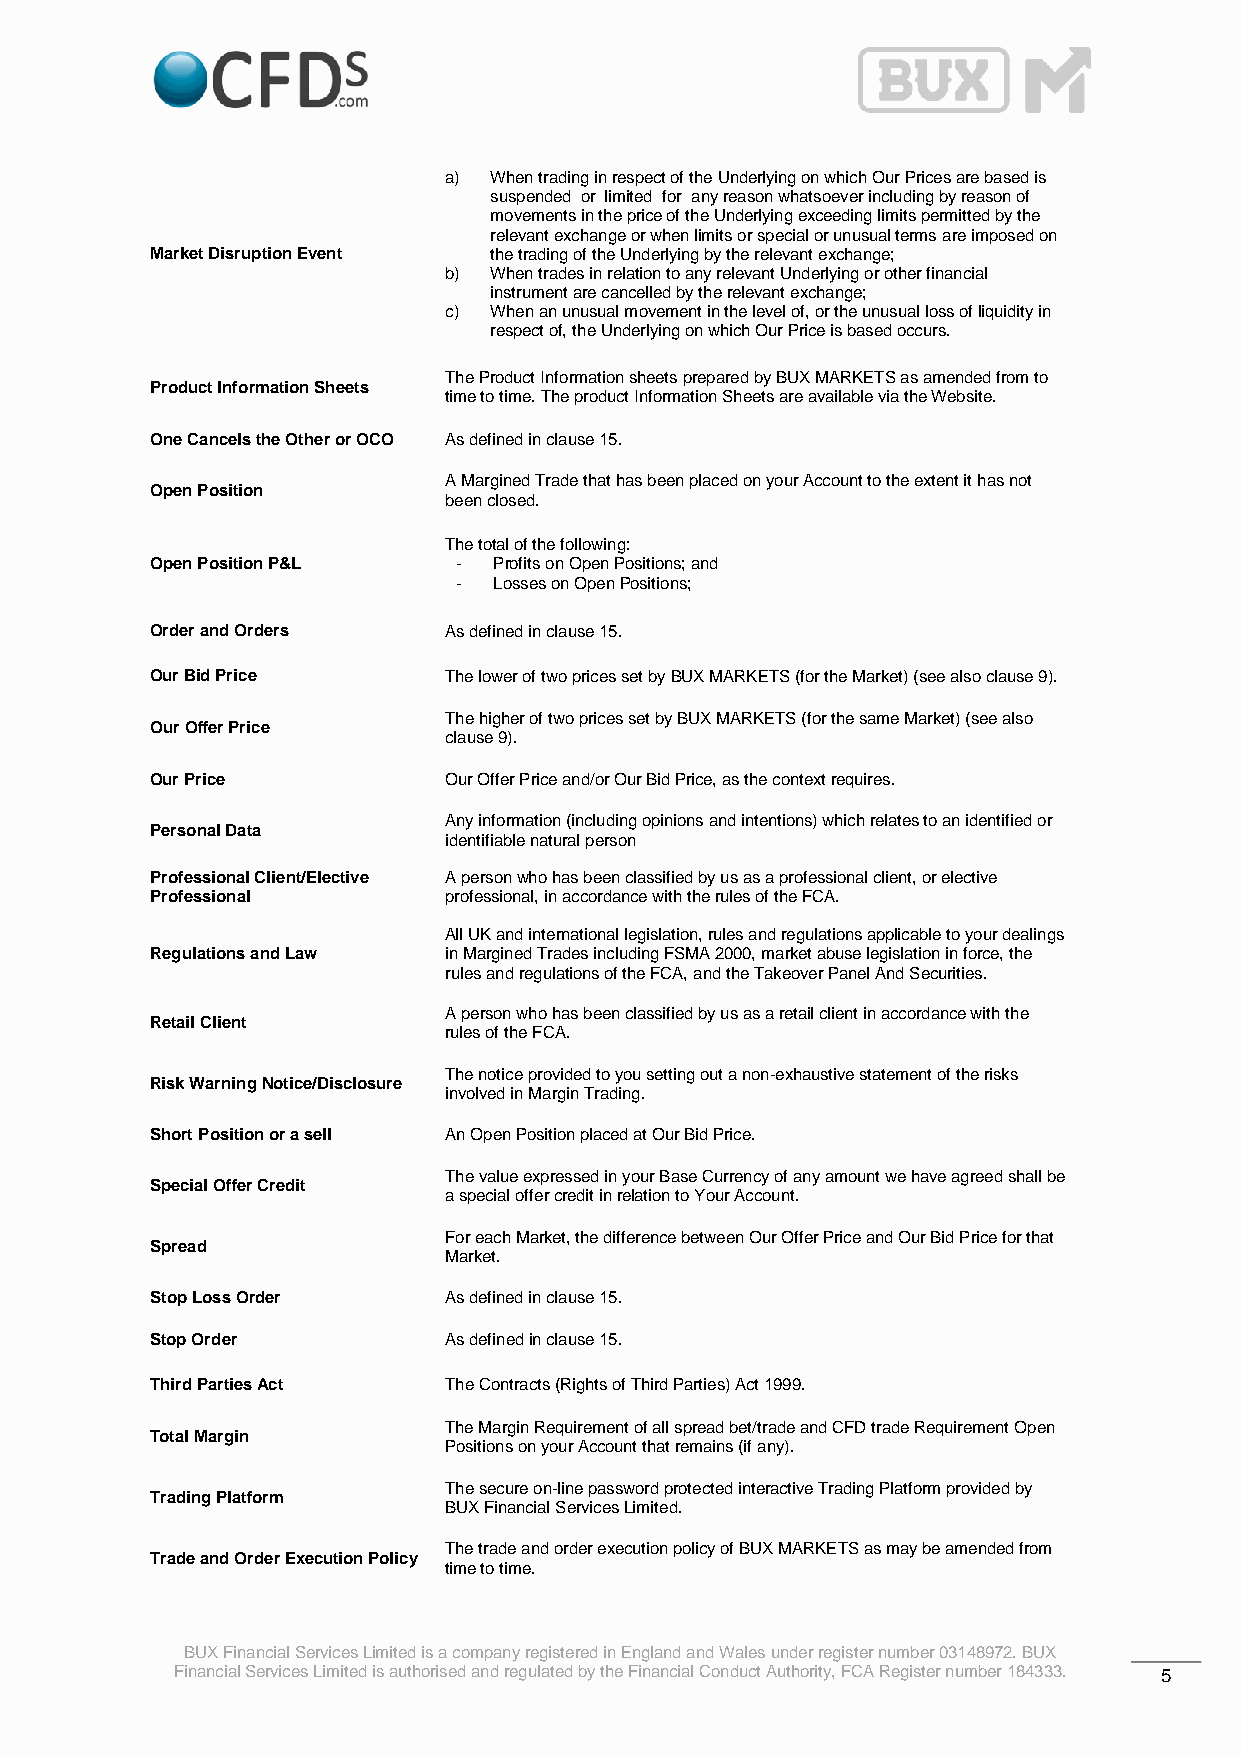
a) When trading in respect of the Underlying on which Our Prices are based is
 suspended or limited for any reason whatsoever including by reason of
 movements in the price of the Underlying exceeding limits permitted by the
 relevant exchange or when limits or special or unusual terms are imposed on
 Market Disruption Event the trading of the Underlying by the relevant exchange;
 b) When trades in relation to any relevant Underlying or other financial
 instrument are cancelled by the relevant exchange;
 c) When an unusual movement in the level of, or the unusual loss of liquidity in
 respect of, the Underlying on which Our Price is based occurs.
 The Product Information sheets prepared by BUX MARKETS as amended from to
 Product Information Sheets
 time to time. The product Information Sheets are available via the Website.
 One Cancels the Other or OCO As defined in clause 15.
 A Margined Trade that has been placed on your Account to the extent it has not
 Open Position
 been closed.
 The total of the following:
 Open Position P&L   -  Profits on Open Positions; and
 -  Losses on Open Positions;
 Order and Orders   As defined in clause 15.
 Our Bid Price      The lower of two prices set by BUX MARKETS (for the Market) (see also clause 9).
 The higher of two prices set by BUX MARKETS (for the same Market) (see also
 Our Offer Price
 clause 9).
 Our Price          Our Offer Price and/or Our Bid Price, as the context requires.
 Any information (including opinions and intentions) which relates to an identified or
 Personal Data
 identifiable natural person
 Professional Client/Elective A person who has been classified by us as a professional client, or elective
 Professional       professional, in accordance with the rules of the FCA.
 All UK and international legislation, rules and regulations applicable to your dealings
 Regulations and Law in Margined Trades including FSMA 2000, market abuse legislation in force, the
 rules and regulations of the FCA, and the Takeover Panel And Securities.
 A person who has been classified by us as a retail client in accordance with the
 Retail Client
 rules of the FCA.
 The notice provided to you setting out a non-exhaustive statement of the risks
 Risk Warning Notice/Disclosure
 involved in Margin Trading.
 Short Position or a sell An Open Position placed at Our Bid Price.
 The value expressed in your Base Currency of any amount we have agreed shall be
 Special Offer Credit
 a special offer credit in relation to Your Account.
 For each Market, the difference between Our Offer Price and Our Bid Price for that
 Spread
 Market.
 Stop Loss Order    As defined in clause 15.
 Stop Order         As defined in clause 15.
 Third Parties Act  The Contracts (Rights of Third Parties) Act 1999.
 The Margin Requirement of all spread bet/trade and CFD trade Requirement Open
 Total Margin
 Positions on your Account that remains (if any).
 The secure on-line password protected interactive Trading Platform provided by
 Trading Platform
 BUX Financial Services Limited.
 The trade and order execution policy of BUX MARKETS as may be amended from
 Trade and Order Execution Policy
 time to time.
 BUX Financial Services Limited is a company registered in England and Wales under register number 03148972. BUX
 Financial Services Limited is authorised and regulated by the Financial Conduct Authority, FCA Register number 184333. 5